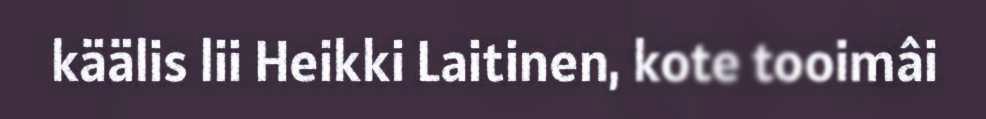
käälis lii Heikki Laitinen, kote tooimâi